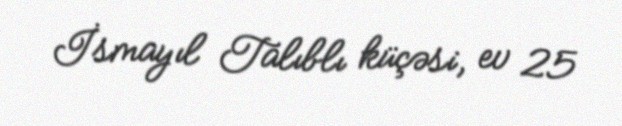
İsmayıl Talıblı küçəsi, ev 25